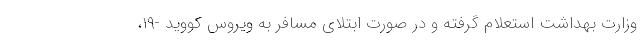
وزارت بهداشت استعلام گرفته و در صورت ابتلای مسافر به ویروس کووید -۱۹،